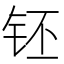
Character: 𰽧